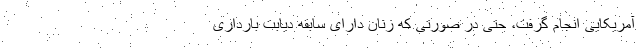
آمریکایی انجام گرفت، حتی در صورتی که زنان دارای سابقه دیابت بارداری